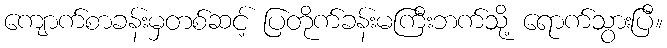
ကျောက်စာခန်းမှတစ်ဆင့် ပြတိုက်ခန်းမကြီးဘက်သို့ ရောက်သွားပြီ။